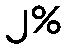
၂%